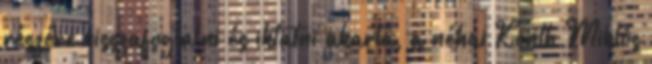
részére vissza­foglalni és iktatni akarta, a néhai Konth Miklós